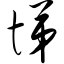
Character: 悌